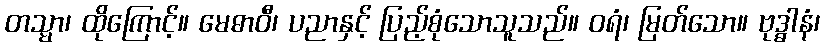
တသ္မာ၊ ထိုကြောင့်။ မေဓာဝီ၊ ပညာနှင့် ပြည့်စုံသောသူသည်။ ဝရံ၊ မြတ်သော။ ဗုဒ္ဓါနံ၊